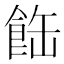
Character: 𩛊